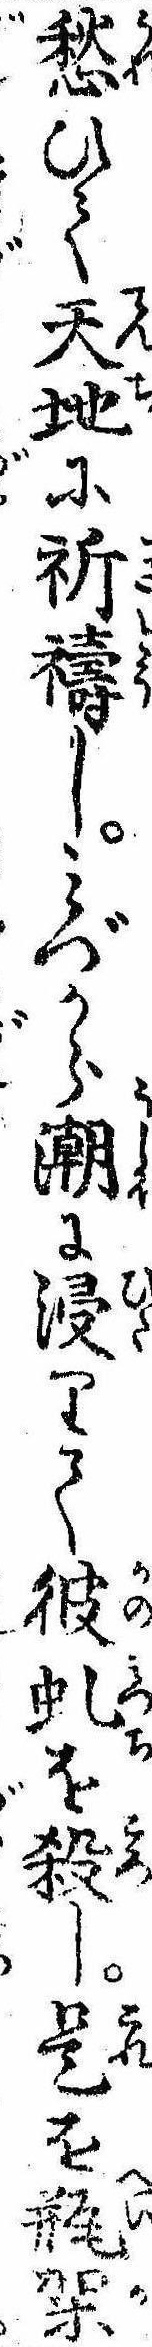
愁ひて天地に祈祷しみづから潮に浸りて彼虬を殺し是を瓶架